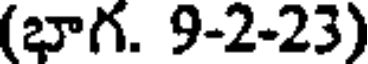
(భాగ. 9-2-23)